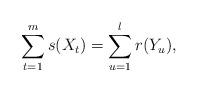
LaTeX: \begin{align*} \sum_{t=1}^{m}s(X_t) = \sum_{u=1}^{l}r(Y_u),\end{align*}